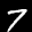
Digit: 7